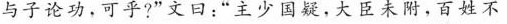
与子论功，可乎?”文曰:“主少国疑，大臣未附，百姓不